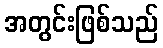
အတွင်းဖြစ်သည်